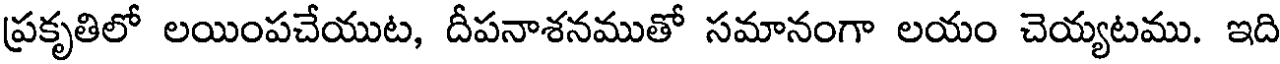
ప్రకృతిలో లయింపచేయుట, దీపనాశనముతో సమానంగా లయం చెయ్యటము. ఇది